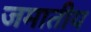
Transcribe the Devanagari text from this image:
जमातीय